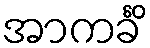
အာကင်္ခိံ